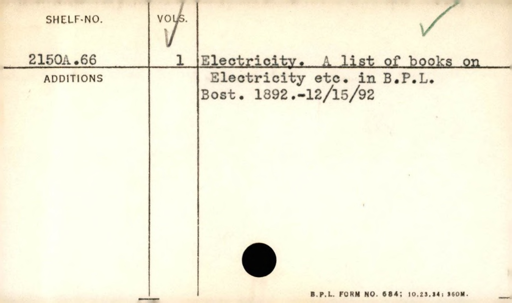
Label: content